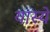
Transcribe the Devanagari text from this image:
यास्ये